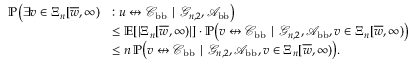
\begin{array} { r l } { \mathbb { P } \big ( \exists v \in \Xi _ { n } [ \overline { w } , \infty ) } & { : u \not \leftrightarrow { \mathcal C } _ { \mathrm { b b } } \mid { \mathcal G } _ { n , 2 } , { \mathcal A } _ { \mathrm { b b } } \big ) } \\ & { \le \mathbb E [ | \Xi _ { n } [ \overline { w } , \infty ) | ] \cdot \mathbb { P } \big ( v \not \leftrightarrow { \mathcal C } _ { \mathrm { b b } } \mid { \mathcal G } _ { n , 2 } , { \mathcal A } _ { \mathrm { b b } } , v \in \Xi _ { n } [ \overline { w } , \infty ) \big ) } \\ & { \le n \, \mathbb { P } \big ( v \not \leftrightarrow { \mathcal C } _ { \mathrm { b b } } \mid { \mathcal G } _ { n , 2 } , { \mathcal A } _ { \mathrm { b b } } , v \in \Xi _ { n } [ \overline { w } , \infty ) \big ) . } \end{array}